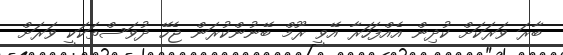
ބާރަ ވަރަކަށް ކުދިން އެއްފަހަރާ އޭވީ ރޫމް ބޭނުންކުރަން ޖެހޭ ދުވަސްތަކަކީ ވަރަށް